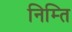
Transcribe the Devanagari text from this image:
निम्ति